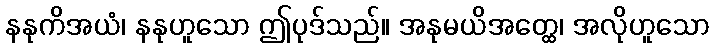
နနုကိအယံ၊ နနုဟူသော ဤပုဒ်သည်။ အနုမယိအတ္ထေ၊ အလိုဟူသော